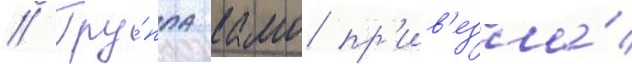
// Гру́ппа камо пр'ив'езла́